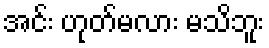
အင်း ဟုတ်မလား မသိဘူး